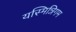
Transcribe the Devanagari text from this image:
यस्मिन्निगम